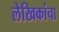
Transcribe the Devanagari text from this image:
लेखिकांचा